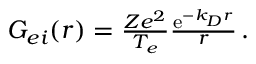
\begin{array} { r } { G _ { e i } ( \boldsymbol { r } ) = \frac { Z e ^ { 2 } } { T _ { e } } \frac { \mathrm { e } ^ { - k _ { D } r } } { r } \, . } \end{array}